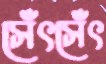
সেঁৎসেঁৎ